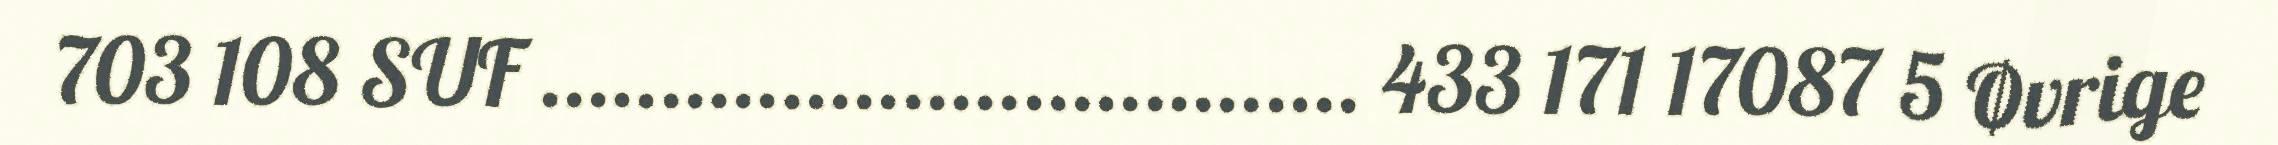
703 108 SUF .................................. 433 171 17087 5 Øvrige